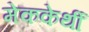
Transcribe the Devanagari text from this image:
मेककेर्थी